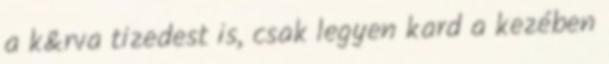
a k&rva tizedest is, csak legyen kard a kezében